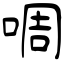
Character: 啁